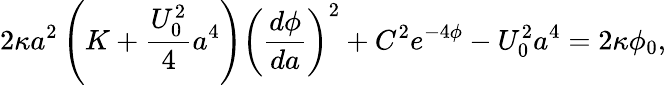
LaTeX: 2\kappa a^{2}\left(K+\frac{U_{0}^{2}}4a^{4}\right)\left(\frac{d\phi}{da}\right)^{2}+C^{2}e^{-4\phi}-U_{0}^{2}a^{4}=2\kappa\phi_{0},